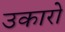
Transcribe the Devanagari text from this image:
उकारो